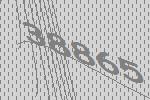
38865